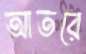
আতরে